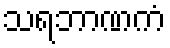
သရဘာဏကံ